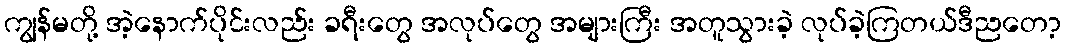
ကျွန်မတို့ အဲ့နောက်ပိုင်းလည်း ခရီးတွေ အလုပ်တွေ အများကြီး အတူသွားခဲ့ လုပ်ခဲ့ကြတယ်ဒီညတော့